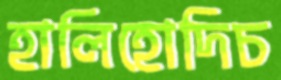
হালিহোদিচ